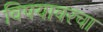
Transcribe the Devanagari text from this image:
विषयावरचा